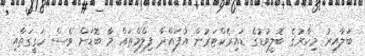
ބަލާއިރު މިހާރުގެ ބޮލީވުޑުގެ ޑައިރެކްޓަރުން އުފައްދާ ފިލްމްތައް މާ ބޮޑަށް ވެސް ހަގީގަތާއި